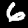
Label: 6